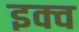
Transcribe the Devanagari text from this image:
इक्व